Burma Government Medical School reports 1923-41
Year: 1923
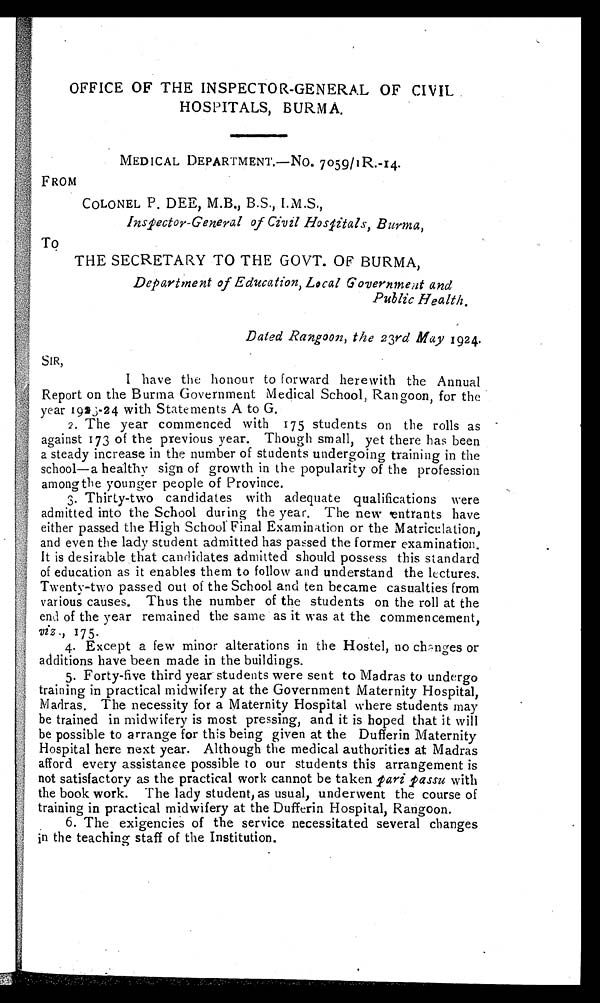
OFFICE OF THE INSPECTOR-GENERAL OF CIVIL
HOSPITALS, BURMA.
MEDICAL DEPARTMENT.—No. 7059/IR.-14.
FROM
COLONEL P. DEE, M.B., B.S., I.M.S.,
Inspector-General of Civil Hospitals, Burma,
To
THE SECRETARY TO THE GOVT. OF BURMA,
Department of Education, Local Government and
Public Health.
Dated Rangoon, the 23rd May 1924.
SIR,
I have the honour to forward herewith the Annual
Report on the Burma Government Medical School, Rangoon, for the
year 1923-24 with Statements A to G.
2. The year commenced with 175 students on the rolls as
against 173 of the previous year. Though small, yet there has been
a steady increase in the number of students undergoing training in the
school—a healthy sign of growth in the popularity of the profession
among the younger people of Province.
3. Thirty-two candidates with adequate qualifications were
admitted into the School during the year. The new entrants have
either passed the High School Final Examination or the Matriculation,
and even the lady student admitted has passed the former examination,
It is desirable that candidates admitted should possess this standard
of education as it enables them to follow and understand the lectures.
Twenty-two passed out of the School and ten became casualties from
various causes. Thus the number of the students on the roll at the
end of the year remained the same as it was at the commencement,
viz., 175.
4. Except a few minor alterations in the Hostel, no changes or
additions have been made in the buildings.
5. Forty-five third year students were sent to Madras to undergo
training in practical midwifery at the Government Maternity Hospital,
Madras. The necessity for a Maternity Hospital where students may
be trained in midwifery is most pressing, and it is hoped that it will
be possible to arrange for this being given at the Dufferin Maternity
Hospital here next year. Although the medical authorities at Madras
afford every assistance possible to our students this arrangement is
not satisfactory as the practical work cannot be taken pari passu with
the book work. The lady student, as usual, underwent the course of
training in practical midwifery at the Dufferin Hospital, Rangoon.
6. The exigencies of the service necessitated several changes
in the teaching staff of the Institution.